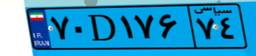
۷۰D۶۶۳۱۸